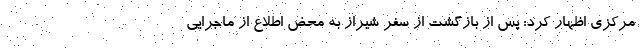
مرکزی اظهار کرد: پس از بازگشت از سفر شیراز به محض اطلاع از ماجرایی